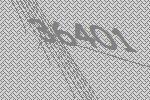
36401